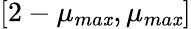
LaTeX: [2-\mu_{ma\mathit{x}},\mu_{ma\mathit{x}}]